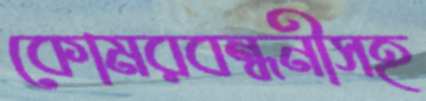
কোমরবন্ধনীসহ